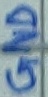
Text: GND